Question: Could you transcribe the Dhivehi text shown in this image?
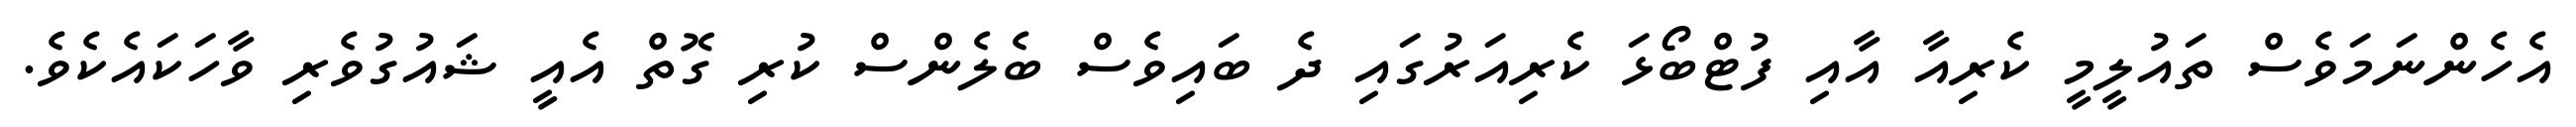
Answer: އެހެންނަމަވެސް ތައުލީމީ ކެރިއާ އާއި ފުޓްބޯޅަ ކެރިއަރުގައި ދެ ބައިވެސް ބެލެންސް ކުރި ގޮތް އެއީ ޝައުގުވެރި ވާހަކައެކެވެ.